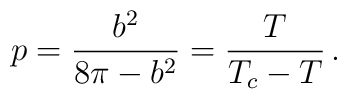
p=\frac{b^2}{8\pi -b^2}=\frac{T}{T_c-T}\,.